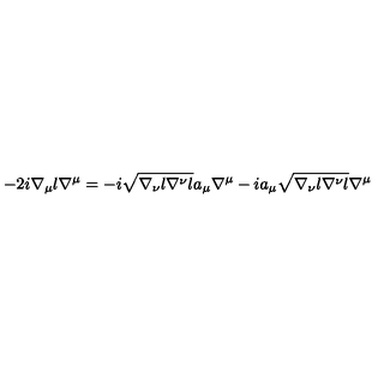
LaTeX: - 2 i \nabla _ { \mu } l \nabla ^ { \mu } = - i \sqrt { \nabla _ { \nu } l \nabla ^ { \nu } l } a _ { \mu } \nabla ^ { \mu } - i a _ { \mu } \sqrt { \nabla _ { \nu } l \nabla ^ { \nu } l } \nabla ^ { \mu }